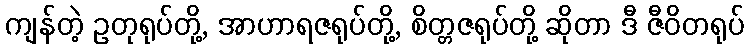
ကျန်တဲ့ ဥတုရုပ်တို့, အာဟာရဇရုပ်တို့, စိတ္တဇရုပ်တို့ ဆိုတာ ဒီ ဇီဝိတရုပ်